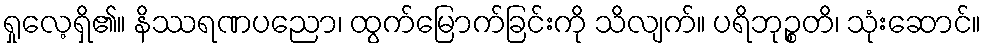
ရှုလေ့ရှိ၏။ နိဿရဏပညော၊ ထွက်မြောက်ခြင်းကို သိလျက်။ ပရိဘုဉ္စတိ၊ သုံးဆောင်။